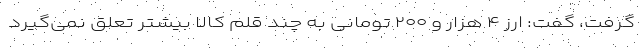
گرفت، گفت: ارز ۴ هزار و ۲۰۰ تومانی به چند قلم کالا بیشتر تعلق نمی‌گیرد